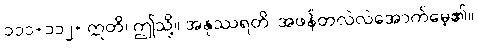
၁၁၁+၁၁၂+ ဣတိ၊ ဤသို့။ အနုဿရတိ၊ အဖန်တလဲလဲအောက်မေ့၏။